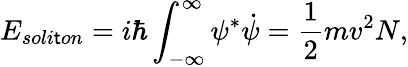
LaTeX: E_{soli\mathsf{t}on}=i\hbar\int_{-\infty}^{\infty}\psi^{*}\dot{{\psi}}=\frac{{1}}{{2}}mv^{2}N,